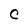
Character: C